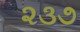
૨૩૭